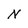
Character: N